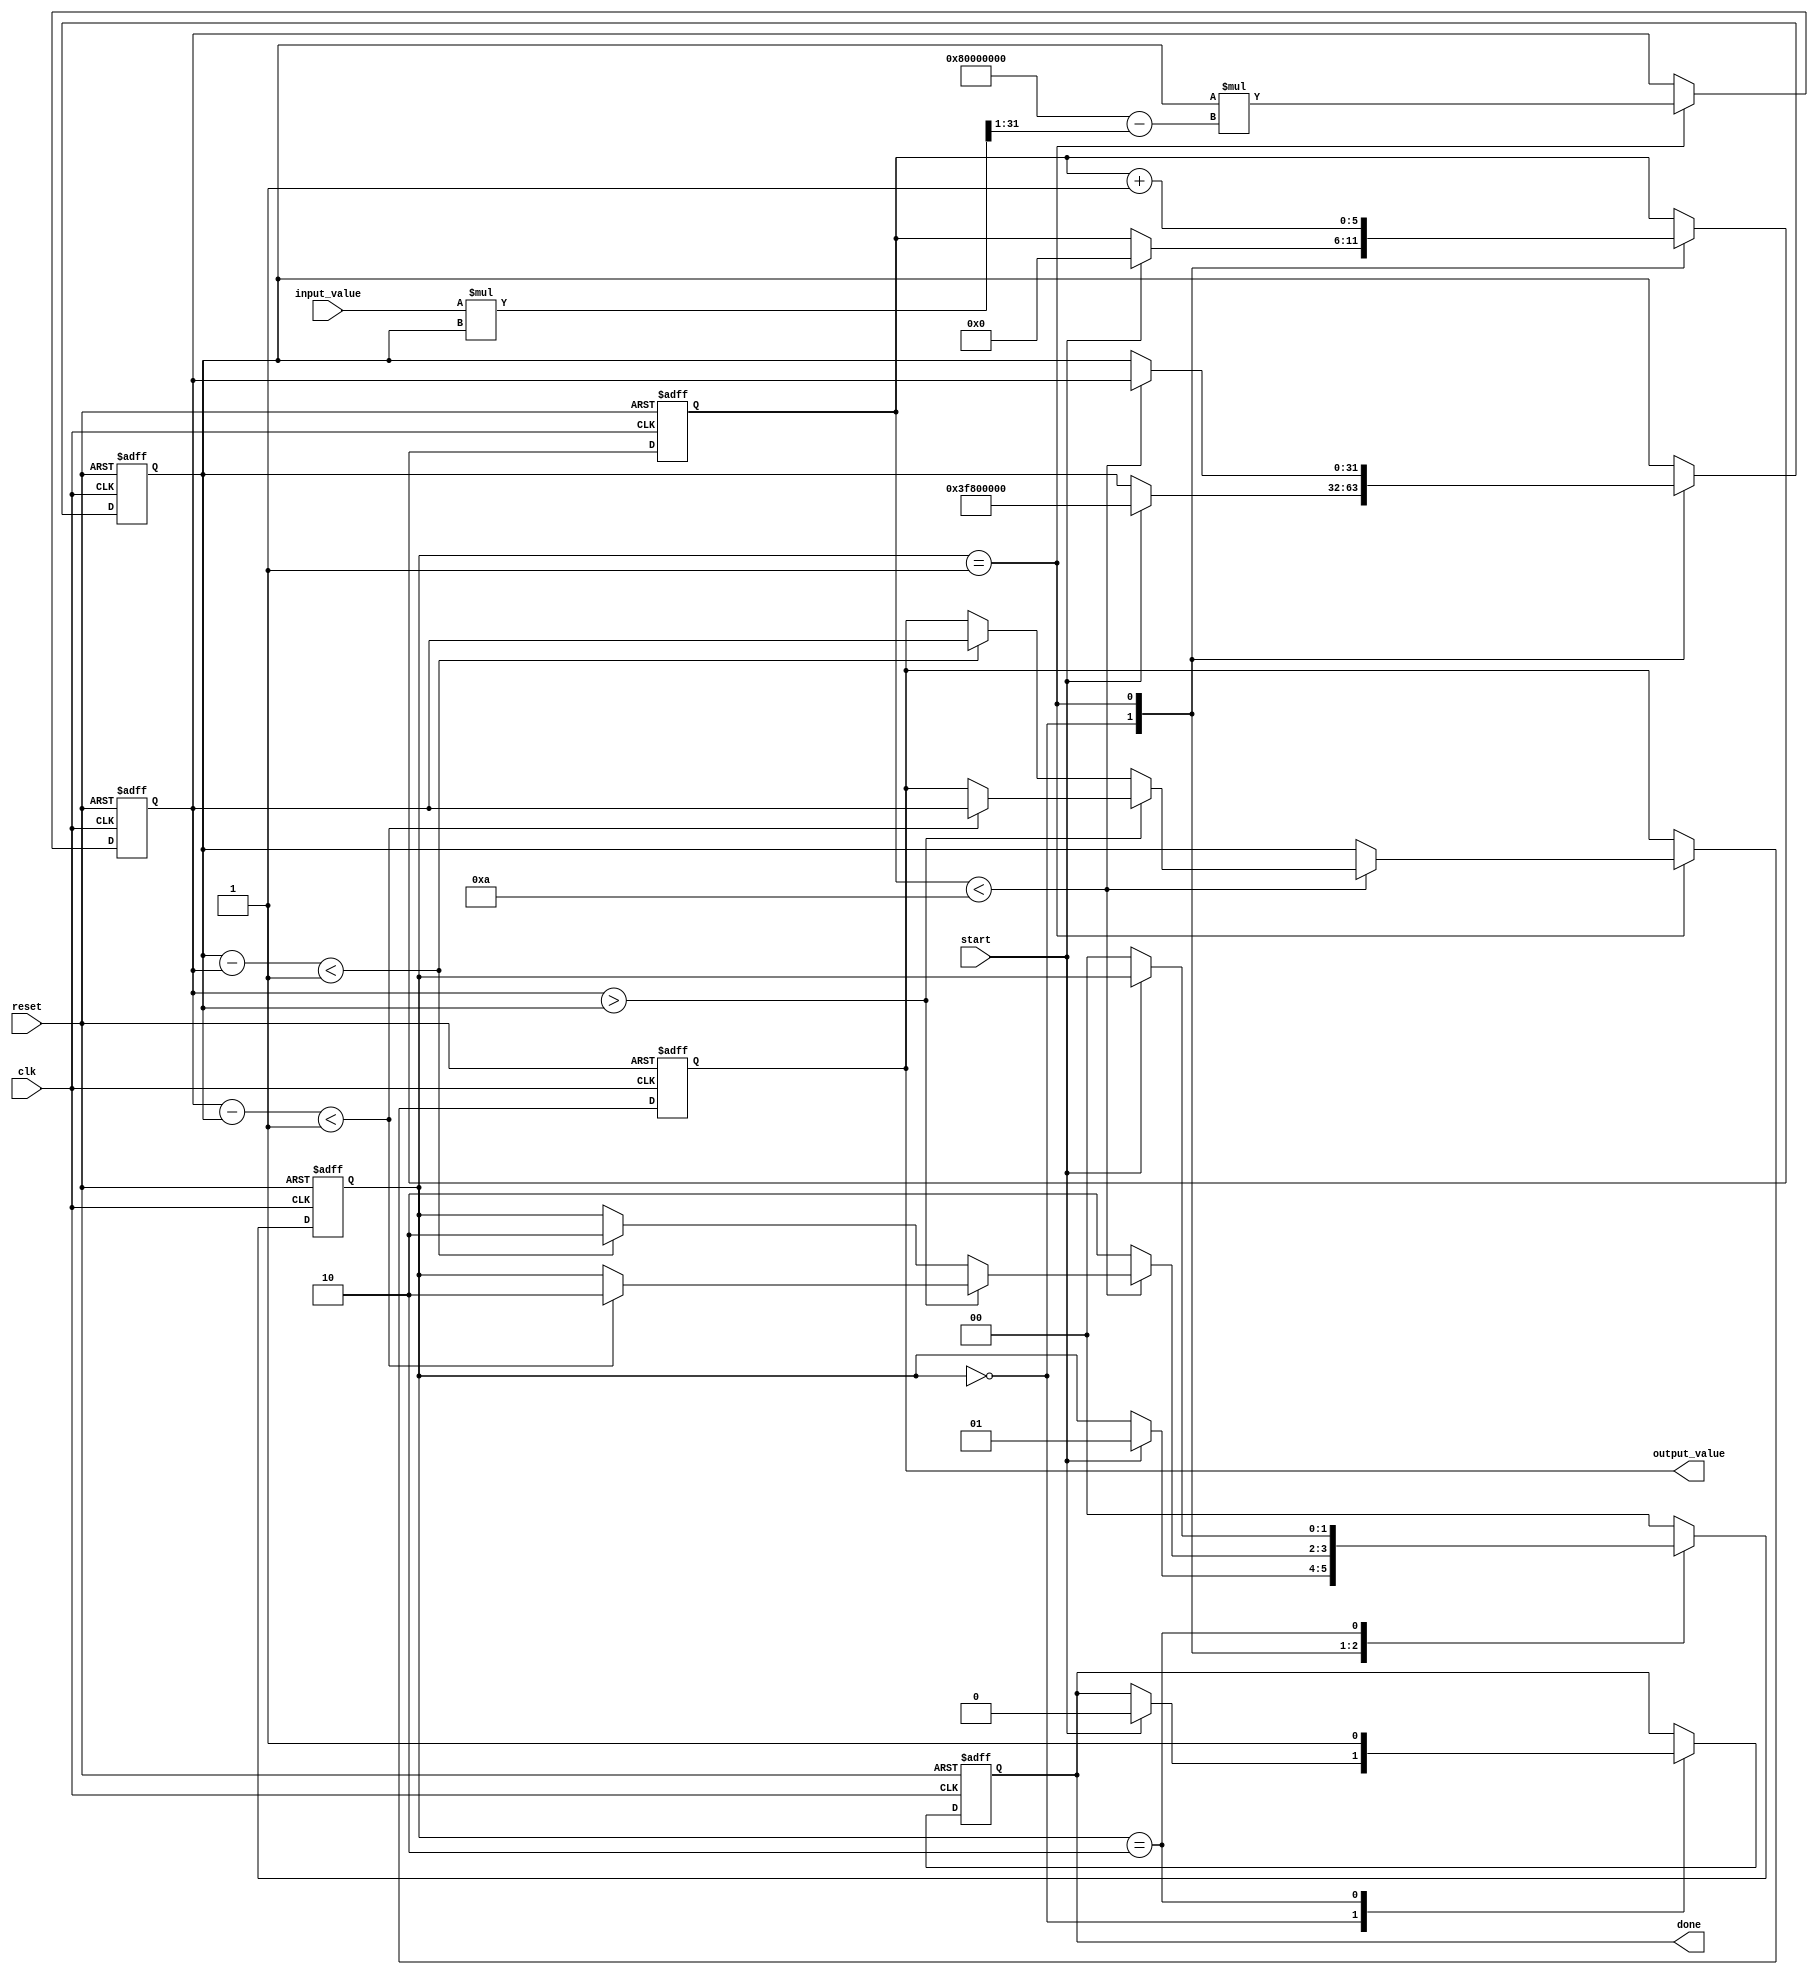
module iterative_reciprocal (
    input wire clk,
    input wire reset,
    input wire start,
    input wire [31:0] input_value,  // Assuming a 32-bit fixed-point input
    output reg [31:0] output_value,  // 32-bit fixed-point reciprocal output
    output reg done                 // Signal indicating completion of computation
);

    reg [31:0] guess;              // Current guess for reciprocal
    reg [31:0] new_guess;          // New guess after iteration
    reg [5:0] iteration_count;     // Count of iterations performed
    reg [1:0] state;               // State of the computation
    parameter IDLE = 2'b00;
    parameter CALC = 2'b01;
    parameter DONE = 2'b10;

    // Tolerance level for convergence
    parameter TOLERANCE = 32'h00000001; // Example tolerance (could be adjusted)

    always @(posedge clk or posedge reset) begin
        if (reset) begin
            output_value <= 32'b0;
            guess <= 32'b0;
            new_guess <= 32'b0;
            iteration_count <= 6'b0;
            state <= IDLE;
            done <= 1'b0;
        end else begin
            case (state)
                IDLE: begin
                    if (start) begin
                        // Initialize the guess (could be refined based on input)
                        guess <= 32'h3F800000; // Initial guess: 1.0 in IEEE 754 format (for 32-bit float)
                        iteration_count <= 6'b0;
                        done <= 1'b0;
                        state <= CALC;
                    end
                end

                CALC: begin
                    // Compute new guess using Newton-Raphson method
                    new_guess <= guess * (32'h80000000 - (input_value * guess >> 1)); // 2 - input * guess
                    iteration_count <= iteration_count + 1;

                    // Check for convergence
                    if (iteration_count < 6'd10) begin // Maximum 10 iterations
                        if (new_guess > guess) begin
                            if (new_guess - guess < TOLERANCE) begin
                                guess <= new_guess;
                                output_value <= new_guess; // Update output
                                state <= DONE;
                            end else begin
                                guess <= new_guess; // Update guess for next iteration
                            end
                        end else begin
                            if (guess - new_guess < TOLERANCE) begin
                                guess <= new_guess;
                                output_value <= new_guess; // Update output
                                state <= DONE;
                            end else begin
                                guess <= new_guess; // Update guess for next iteration
                            end
                        end
                    end else begin
                        // Max iterations reached, use the last guess
                        output_value <= guess;
                        state <= DONE;
                    end
                end

                DONE: begin
                    done <= 1'b1; // Indicate that computation is done
                    if (!start) begin // Wait for new start signal
                        state <= IDLE;
                    end
                end

                default: state <= IDLE;
            endcase
        end
    end
endmodule